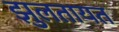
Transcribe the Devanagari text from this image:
झुलतायत